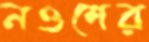
নওশের